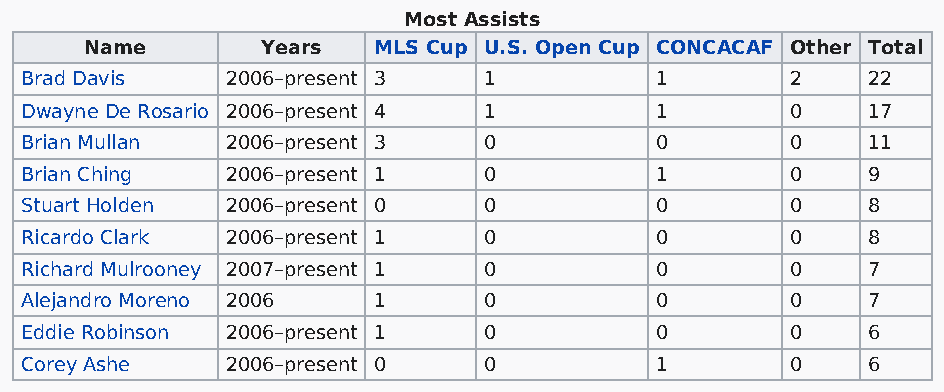
Most Assists
 Name       Years   MLS Cup U.S. Open Cup CONCACAF Other Total
 Brad Davis    2006–present 3   1          1        2    22
 Dwayne De Rosario 2006–present 4 1        1        0    17
 Brian Mullan  2006–present 3   0          0        0    11
 Brian Ching   2006–present 1   0          1        0    9
 Stuart Holden 2006–present 0   0          0        0    8
 Ricardo Clark 2006–present 1   0          0        0    8
 Richard Mulrooney 2007–present 1 0        0        0    7
 Alejandro Moreno 2006   1      0          0        0    7
 Eddie Robinson 2006–present 1  0          0        0    6
 Corey Ashe    2006–present 0   0          1        0    6